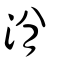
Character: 洕